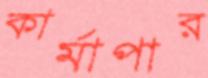
কার্মাপার